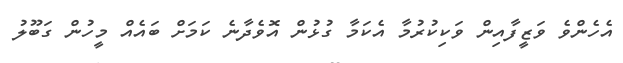
އެހެންވެ ވަޒީފާއިން ވަކިކުރުމާ އެކަމާ ގުޅުން އޮވެދާނެ ކަމަށް ބައެއް މީހުން ގަބޫލު